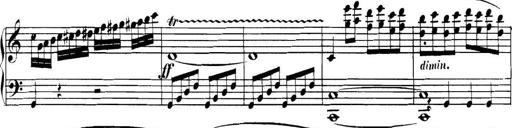
Title: Collected Piano Sonatas
Composer: Muzio Clementi